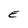
Character: E